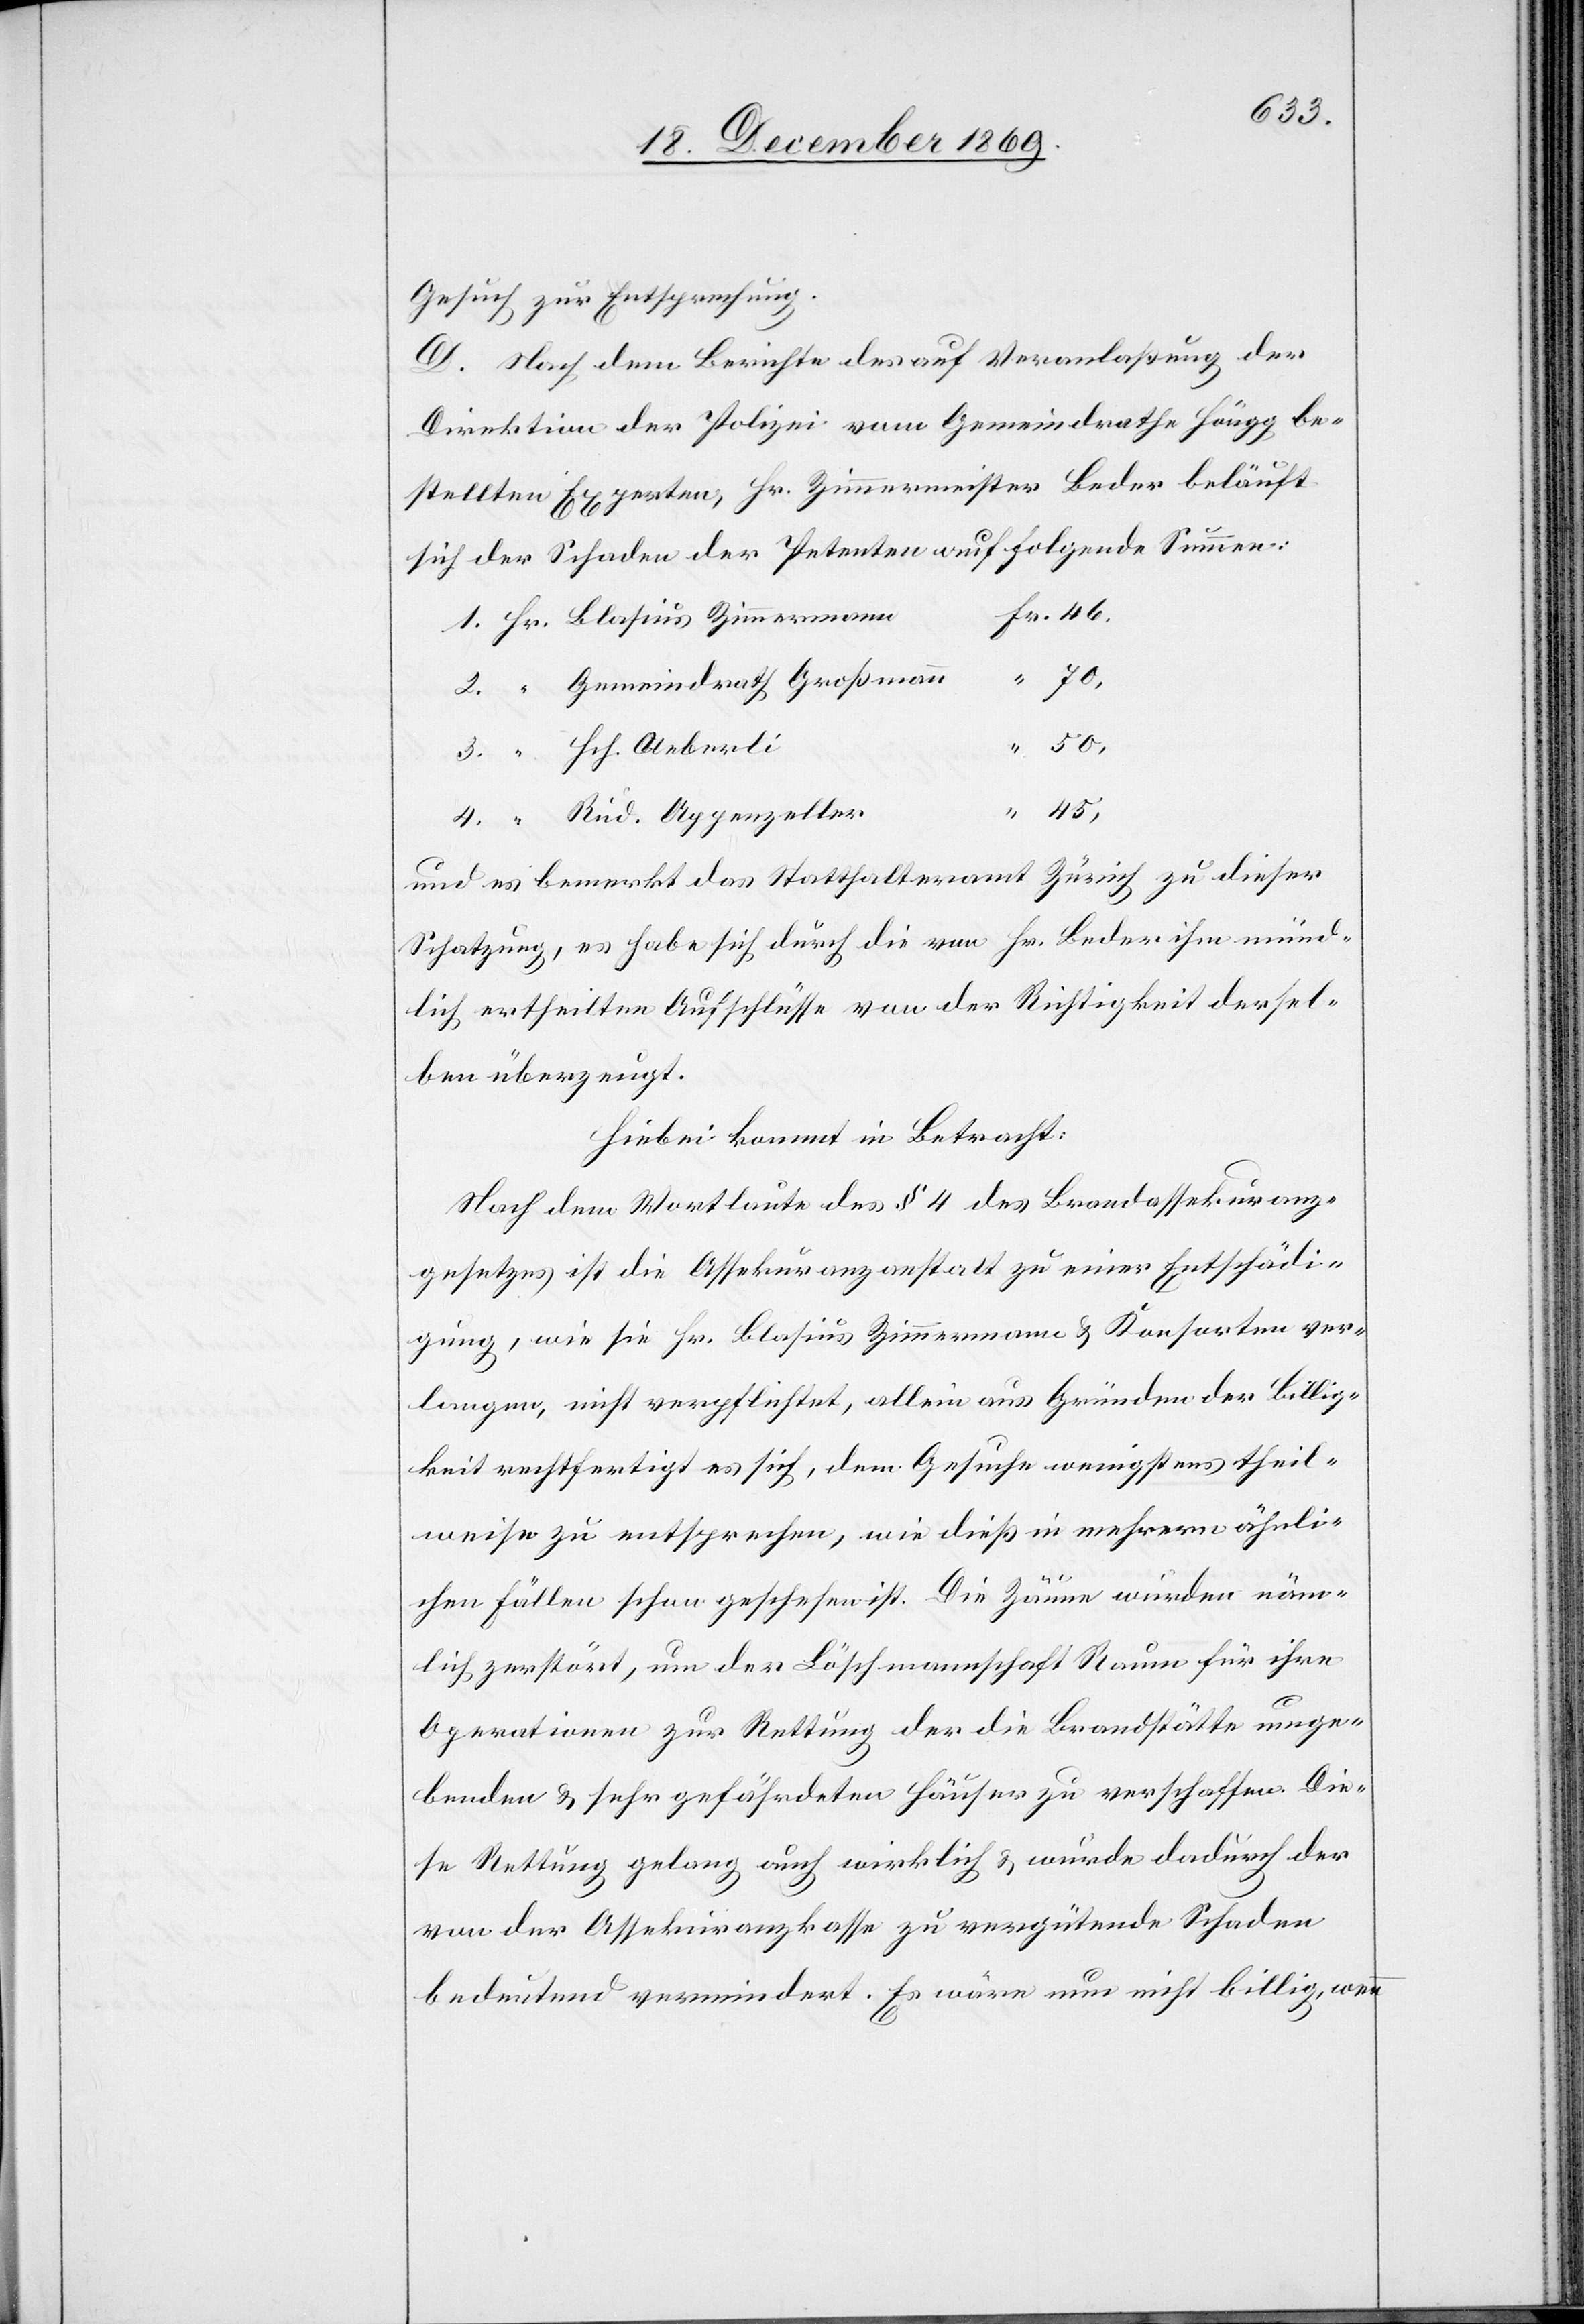
Gesuch zur Entsprechung.
D. Nach dem Berichte des auf Veranlaßung der
Direktion der Polizei vom Gemeindrathe Höngg be¬
stellten Experten, Hr. Zimmermeister Beder beläuft
sich der Schaden der Petenten auf folgende Summen:
Fr. 46,
Hr. Blasius Zimmermann
“ 70,
“ Gemeindrath Großmann
“ Rud. Appenzeller
und es bemerkt das Statthalteramt Zürich zu dieser
Schatzung, es habe sich durch die von Hr. Beder ihm münd¬
lich ertheilten Aufschlüsse von der Richtigkeit dersel¬
ben überzeugt.
Hiebei kommt in Betracht:
Nach dem Wortlaute des § 4 des Brandassekuranz¬
gesetzes ist die Assekuranzanstalt zu einer Entschädi¬
gung, wie sie Hr. Blasius Zimmermann & Konsorten ver¬
langen, nicht verpflichtet, allein aus Gründen der Billig¬
keit rechtfertigt es sich, dem Gesuche wenigstens theil¬
weise zu entsprechen, wie dieß in mehrern ähnli¬
4.
chen Fällen schon geschehen ist. Die Zäune wurden näm¬
lich zerstört, um der Löschmannschaft Raum für ihre
Operationen zur Rettung der die Brandstätte umge¬
benden & sehr gefährdeten Häuser zu verschaffen. Die¬
se Rettung gelang auch wirklich & wurde dadurch der
von der Assekuranzkasse zu vergütende Schaden
bedeutend vermindert. Es wäre nun nicht billig, wenn